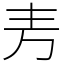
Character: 𫠤